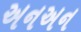
અનઅન